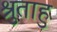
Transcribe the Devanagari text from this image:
श्रुताहु